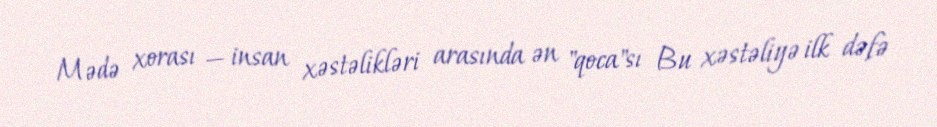
Mədə xorası — insan xəstəlikləri arasında ən "qoca"sı Bu xəstəliyə ilk dəfə